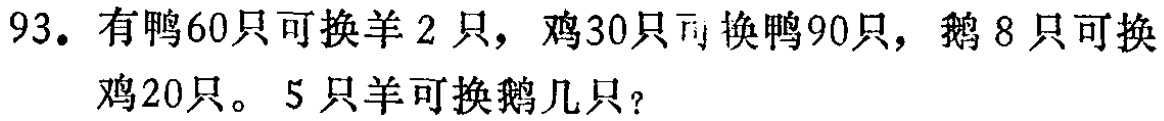
93. 有鸭60只可换羊2只，鸡30只可换鸭90只，鹅8只可换鸡20只。5只羊可换鹅几只？